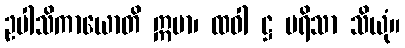
ဥပါသိကာယောတိ ဣမာ၊ ထဝါ ဋ္ဌ ပရိသာ သိယုံ။